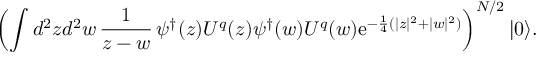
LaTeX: \left( \int d ^ { 2 } z d ^ { 2 } w \, { \frac { 1 } { z - w } } \, \psi ^ { \dagger } ( z ) U ^ { q } ( z ) \psi ^ { \dagger } ( w ) U ^ { q } ( w ) \mathrm { e } ^ { - { \frac { 1 } { 4 } } ( | z | ^ { 2 } + | w | ^ { 2 } ) } \right) ^ { N / 2 } | 0 \rangle .